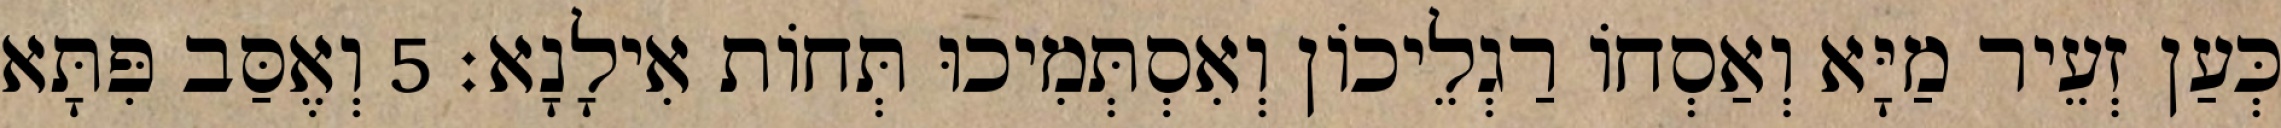
כְּעַן זְעֵיר מַיָּא וְאַסְחוֹ רַגְלֵיכוֹן וְאִסְתְּמִיכוּ תְּחוֹת אִילָנָא׃ 5 וְאֶסַּב פִּתָּא